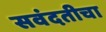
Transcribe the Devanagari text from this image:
सवंदतीचा